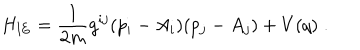
H _ { \mathrm { I E } } = \frac { 1 } { 2 m } g ^ { i j } ( p _ { i } - A _ { i } ) ( p _ { j } - A _ { j } ) + V ( q ) \; .